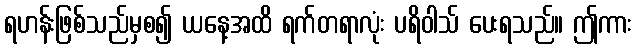
ရဟန်းဖြစ်သည်မှစ၍ ယနေ့အထိ ရက်တရာလုံး ပရိဝါသ် ပေးရသည်။ ဤကား